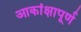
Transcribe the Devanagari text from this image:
आकांक्षापूर्ण